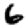
Digit: 6